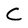
Character: C